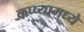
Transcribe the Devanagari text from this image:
कप्प्यामध्ये